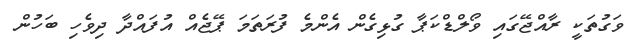
ވަގުތަކީ ރާއްޖޭގައި ވޯލްޑްކަޕާ ގުޅިގެން އެންމެ ފުރަތަމަ ޕޭޖެއް އުފައްދާ ދިވެހި ބަހުން